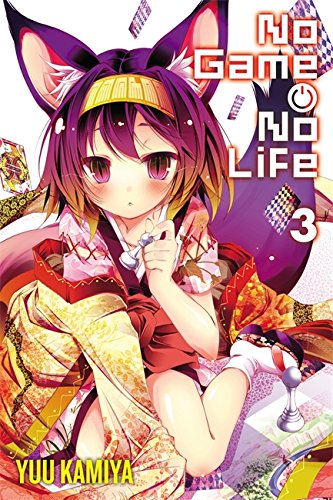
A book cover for No Game No Life, Vol. 3; Yuu Kamiya; Comics & Graphic Novels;